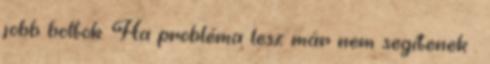
jobb boltok. Ha probléma lesz már nem segítenek .